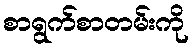
စာရွက်စာတမ်းကို